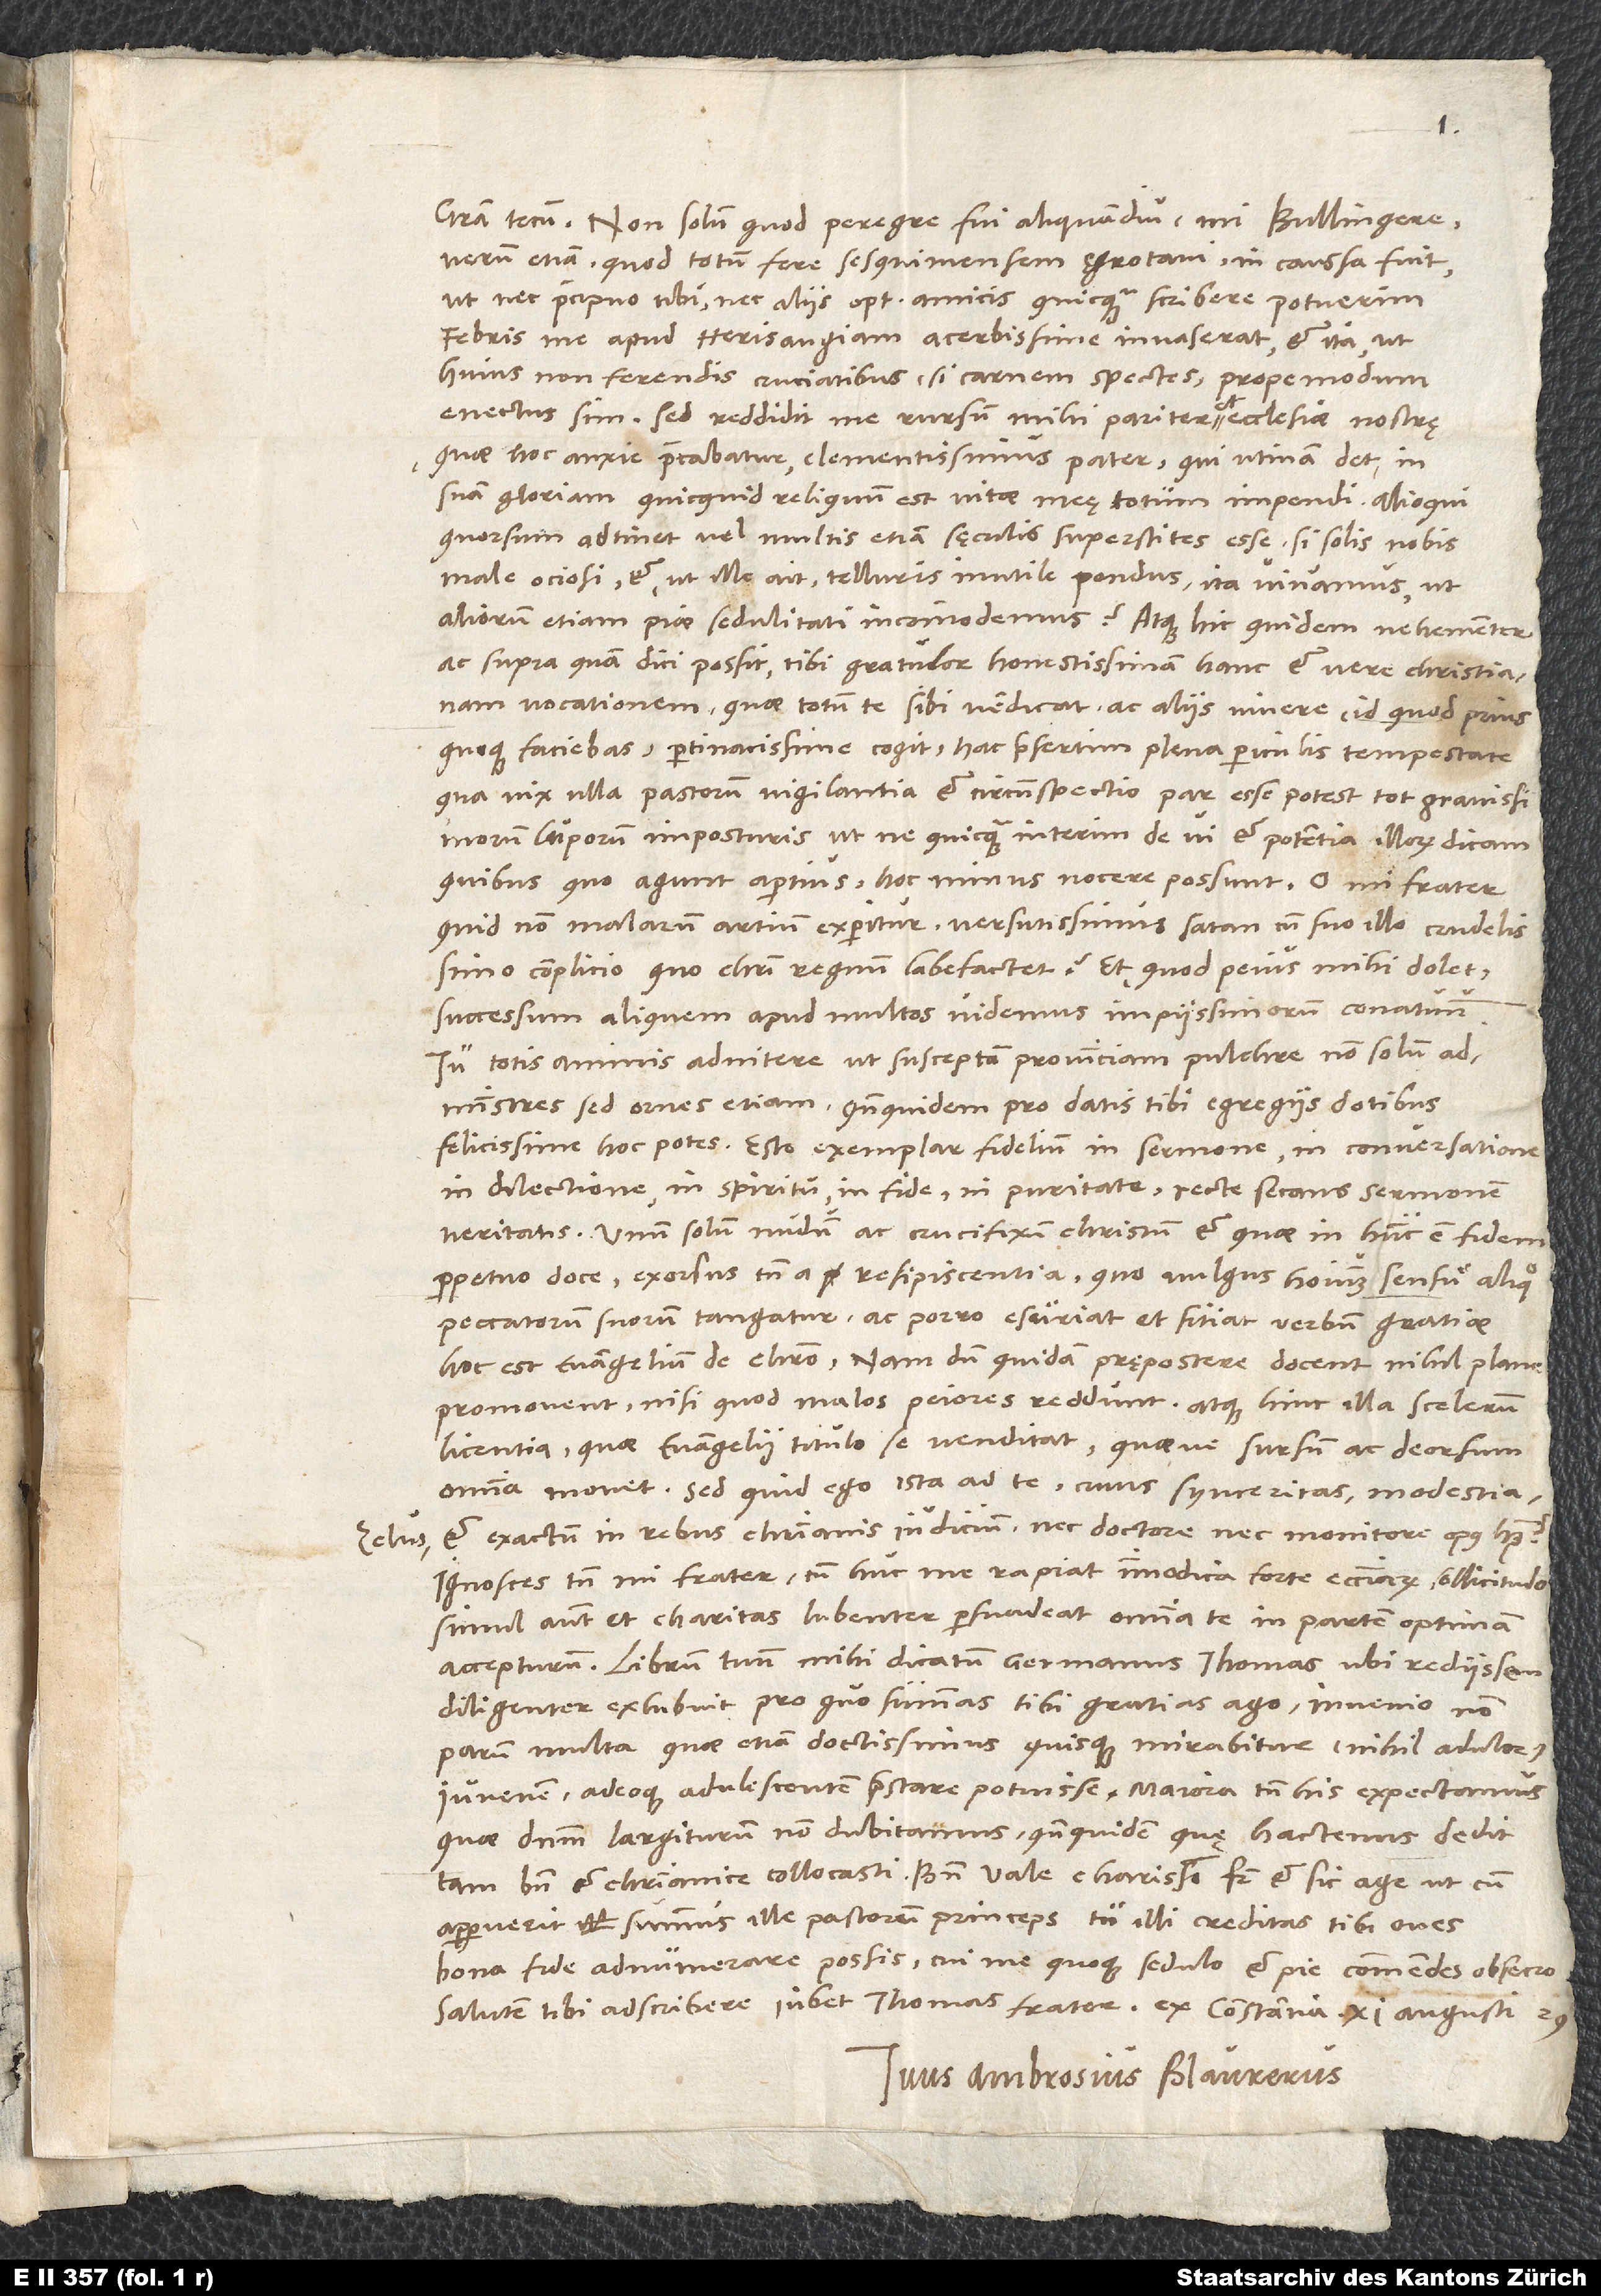
verum etiam quod totum fere sesquimensem ęgrotavi, in caussa fuit,
ut nec praecipuo tibi nec aliis optimis amicis quicquam scribere potuerim.
Febris me apud Herisaugiam acerbissime invaserat et ita, ut
huius non ferendis cruciatibus, si carnem spectes, propemodum
enectus sim. Sed reddidit me rursum mihi pariter et ecclesiae nostrę,
quae hoc anxie precabatur, clementissimus pater, qui utinam det in
suam gloriam, quicquid reliquum est vitae meę, totum impendi. Alioqui
quorsum adtinet vel multis etiam sęculis superstites esse, si solis nobis
male ociosi et, ut ille ait, telluris inutile pondus, ita vivamus, ut
ac supra quam dici possit, tibi gratulor honestissimam hanc et vere christianam
vocationem, quae totum te sibi vendicat ac aliis vivere, id quod prius
quoque faciebas, pertinacissime cogit, hac praesertim plena periculis tempestate,
qua vix ulla pastorum vigilantia et circumspectio par esse potest tot gravissimorum
luporum imposturis, ut ne quicquam interim de vi et potentia illorum dicam,
quibus, quo agunt apertius, hoc minus nocere possunt. O mi frater,
quid non malarum artium experitur versutissimus satan cum suo illo crudelissimo
complicio, quo Christi regnum labefactet? Et quod peius mihi dolet,
successum aliquem apud multos videmus impiissimorum conatuum.
Tu totis animis adnitere, ut susceptam provinciam pulchre non solum
administres, sed ornes etiam, quandoquidem pro datis tibi egregiis dotibus
felicissime hoc potes. Esto exemplar fidelium in sermone, in conversatione,
in dilectione, in spiritu, in fide, in puritate, recte secans sermonem
veritatis. Unum solum nudum ac crucifixum Christum et, quae in hunc est, fidem
perpetuo doce, exorsus tamen a resipiscentia, quo vulgus hominum sensu aliquo
peccatorum suorum tangatur ac porro esuriat et sitiat verbum gratiae,
hoc est evangelium de Christo. Nam dum quidam prępostere docent, nihil plane
promovent, nisi quod malos peiores reddunt, atque hinc illa scelerum
licentia, quae evangelii titulo se venditat, quaeve sursum ac deorsum
omnia movet. Sed quid ego ista ad te, cuius synceritas, modestia,
et exactum in rebus christianis iudicium nec doctore nec monitore opus habent?
Ignosces tamen, mi frater, cum huc me rapiat immodica forte ecclesiarum sollicitudo,
simul autem et charitas lubenter persuadeat omnia te in partem optimam
Librum tuum mihi dicatum germanus Thomas, ubi rediissem,
diligenter exhibuit, pro quo summas tibi gratias ago. Invenio non
parum multa, quae etiam doctissimus quisque mirabitur (nihil adulor)
iuvenem adeoque adulescentem praestare potuisse; maiora tamen his expectamus,
quae dominum largiturum non dubitamus, quandoquidem, quę hactenus dedit,
apparuerit summus ille pastorum princeps, tu illi creditas tibi oves
bona fide adnumerare possis; cui me quoque sedulo et pie commendes, obsecro.
Tuus Ambrosius Blaurerus.